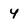
Character: 4